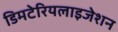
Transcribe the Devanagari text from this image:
डिमटेरियलाइजेशन